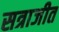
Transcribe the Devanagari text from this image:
सत्राजीत